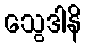
သွေဒါနိ